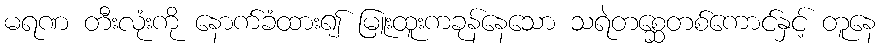
မရဏ တီးလုံးကို နောက်ခံထား၍ မြူးထူးကခုန်နေသော သရဲတစ္ဆေတစ်ကောင်နှင့် တူနေ